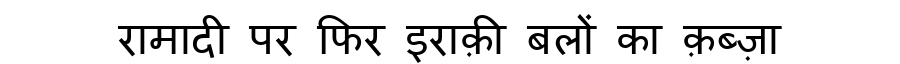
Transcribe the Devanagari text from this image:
रामादी पर फिर इराक़ी बलों का क़ब्ज़ा